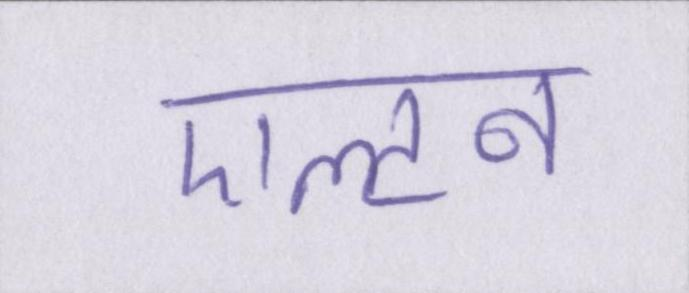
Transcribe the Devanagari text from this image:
एल्टन